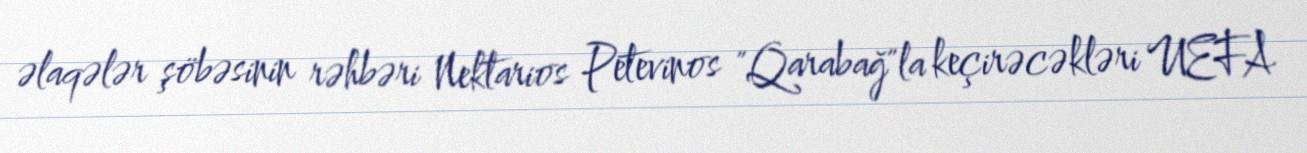
əlaqələr şöbəsinin rəhbəri Nektarios Petevinos "Qarabağ"la keçirəcəkləri UEFA